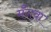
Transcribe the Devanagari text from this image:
मँगवा